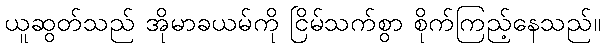
ယူဆွတ်သည် အိုမာခယမ်ကို ငြိမ်သက်စွာ စိုက်ကြည့်နေသည်။